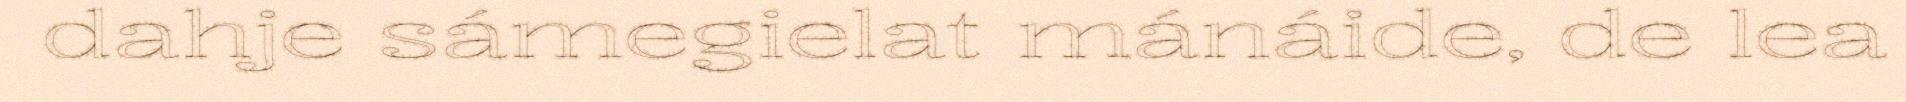
dahje sámegielat mánáide, de lea